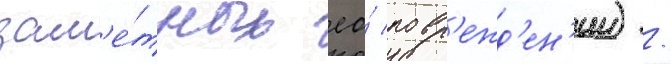
зам'е́тных ео́ повр'ежд'ен'ии) /